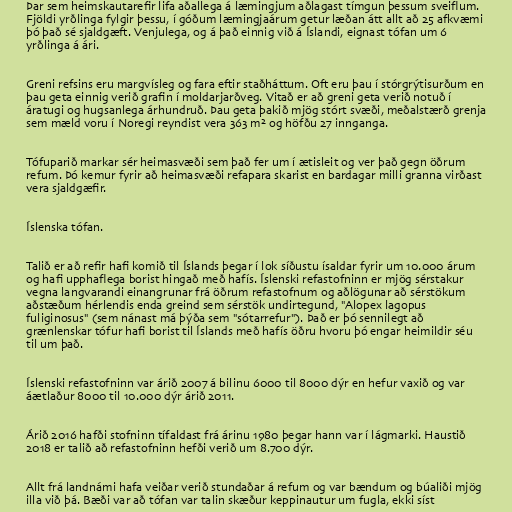
Þar sem heimskautarefir lifa aðallega á læmingjum aðlagast tímgun þessum sveiflum.
Fjöldi yrðlinga fylgir þessu, í góðum læmingjaárum getur læðan átt allt að 25 afkvæmi
þó það sé sjaldgæft. Venjulega, og á það einnig við á Íslandi, eignast tófan um 6
yrðlinga á ári.

Greni refsins eru margvísleg og fara eftir staðháttum. Oft eru þau í stórgrýtisurðum en
þau geta einnig verið grafin í moldarjarðveg. Vitað er að greni geta verið notuð í
áratugi og hugsanlega árhundruð. Þau geta þakið mjög stórt svæði, meðalstærð grenja
sem mæld voru í Noregi reyndist vera 363 m² og höfðu 27 innganga.

Tófuparið markar sér heimasvæði sem það fer um í ætisleit og ver það gegn öðrum
refum. Þó kemur fyrir að heimasvæði refapara skarist en bardagar milli granna virðast
vera sjaldgæfir.

Íslenska tófan.

Talið er að refir hafi komið til Íslands þegar í lok síðustu ísaldar fyrir um 10.000 árum
og hafi upphaflega borist hingað með hafís. Íslenski refastofninn er mjög sérstakur
vegna langvarandi einangrunar frá öðrum refastofnum og aðlögunar að sérstökum
aðstæðum hérlendis enda greind sem sérstök undirtegund, "Alopex lagopus
fuliginosus" (sem nánast má þýða sem "sótarrefur"). Það er þó sennilegt að
grænlenskar tófur hafi borist til Íslands með hafís öðru hvoru þó engar heimildir séu
til um það.

Íslenski refastofninn var árið 2007 á bilinu 6000 til 8000 dýr en hefur vaxið og var
áætlaður 8000 til 10.000 dýr árið 2011.

Árið 2016 hafði stofninn tífaldast frá árinu 1980 þegar hann var í lágmarki. Haustið
2018 er talið að refastofninn hefði verið um 8.700 dýr.

Allt frá landnámi hafa veiðar verið stundaðar á refum og var bændum og búaliði mjög
illa við þá. Bæði var að tófan var talin skæður keppinautur um fugla, ekki síst